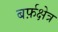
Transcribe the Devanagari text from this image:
बर्फ़क्षेत्र